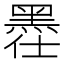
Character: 𪐾